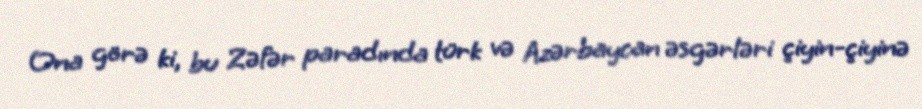
Ona görə ki, bu Zəfər paradında türk və Azərbaycan əsgərləri çiyin-çiyinə